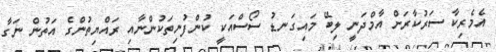
އެމެރިކާ ސަރުކާރަށް އާމްދަނީ ލިބޭ މައިގަނޑު ސޯސްއަކީ ކުންފުނިތަކުންނާއި ރައްޔިތުންގެ އަތުން ނަގާ